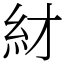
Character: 䊷